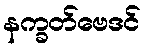
နက္ခတ်ဗေဒင်